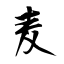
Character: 麦